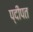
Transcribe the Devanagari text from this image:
प्दीपत